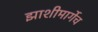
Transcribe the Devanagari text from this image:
झाशीमार्गेच